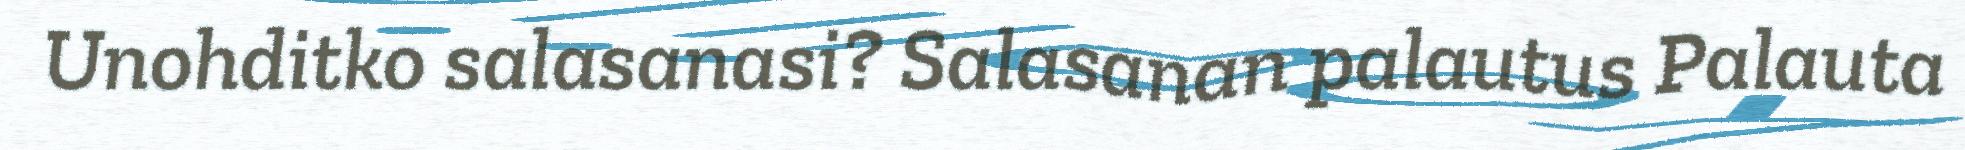
Unohditko salasanasi? Salasanan palautus Palauta